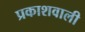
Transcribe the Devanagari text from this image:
प्रकाशवाली